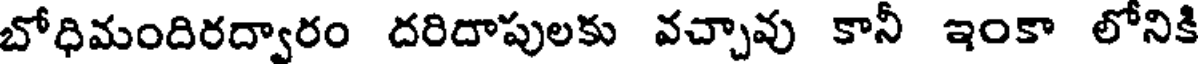
బోధిమందిరద్వారం దరిదాపులకు వచ్చావు కానీ ఇంకా లోనికి